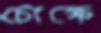
চোক্ষে